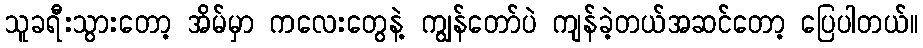
သူခရီးသွားတော့ အိမ်မှာ ကလေးတွေနဲ့ ကျွန်တော်ပဲ ကျန်ခဲ့တယ်အဆင်တော့ ပြေပါတယ်။